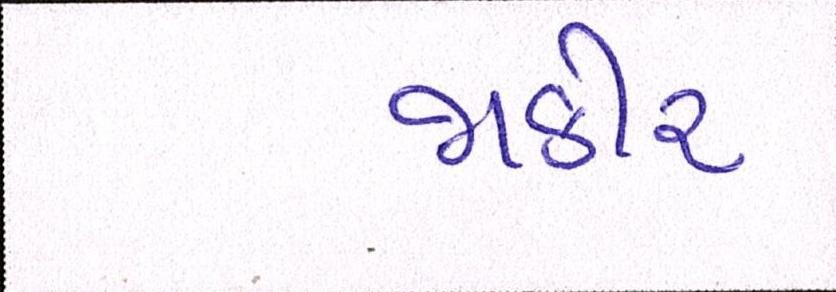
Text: જાકીર